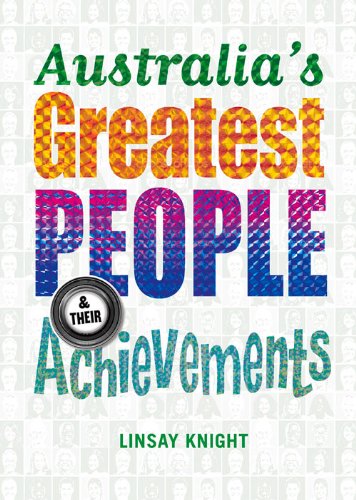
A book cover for Australia's Greatest People and Their Achievements; Linsay Knight; Children's Books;